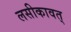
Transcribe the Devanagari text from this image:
लसीकावत्